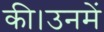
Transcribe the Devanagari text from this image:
की।उनमें